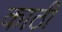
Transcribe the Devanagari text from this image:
काठी